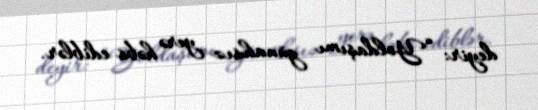
deyir: “Yoldaşımı günahsız yerə həbs ediblər.